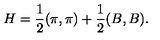
H = \frac { 1 } { 2 } ( \pi , \pi ) + \frac { 1 } { 2 } ( B , B ) .